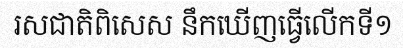
រសជាតិពិសេស នឹកឃើញធ្វើលើកទី១